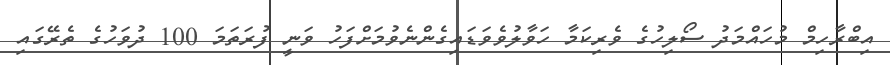
އިބްރާހިމް މުހައްމަދު ސޯލިހުގެ ވެރިކަމާ ހަވާލުވެވަޑައިގެންނެވުމަށްފަހު ވަނީ ފުރަތަމަ 100 ދުވަހުގެ ތެރޭގައި